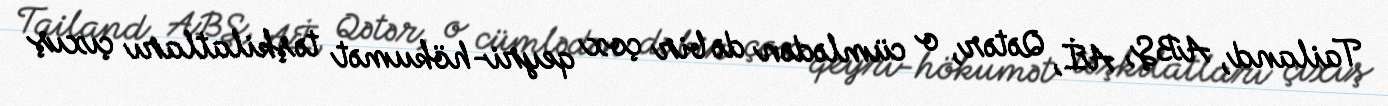
Tailand, ABŞ, Aİ, Qətər, o cümlədən də bir çox qeyri-hökumət təşkilatları çıxış